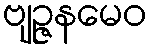
ဗျဉ္ဇနမေဝ